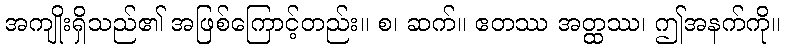
အကျိုးရှိသည်၏ အဖြစ်ကြောင့်တည်း။ စ၊ ဆက်။ ဧတဿ အတ္ထဿ၊ ဤအနက်ကို။